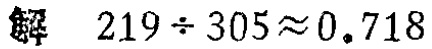
解 \(219\div305\approx0.718\)